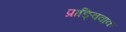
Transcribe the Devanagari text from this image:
प्राङ्विवाक